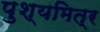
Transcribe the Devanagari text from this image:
पुश्यमित्र